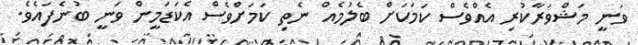
ވަނީ މަޝްވަރާކުރި އެއްވެސް ކަމަކަށް ބެލުމެއް ނެތި ކަމަށްވެސް އެކަޑަމީން ވަނީ ބުނެފައެވެ.